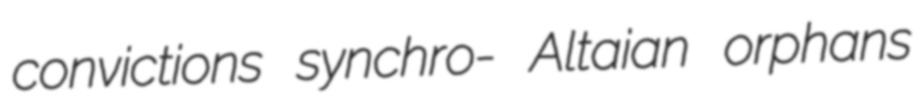
convictions synchro- Altaian orphans